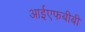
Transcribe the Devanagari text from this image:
आईएफबीबी